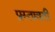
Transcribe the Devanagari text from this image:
प्रस्तावती